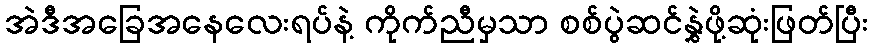
အဲဒီအခြေအနေလေးရပ်နဲ့ ကိုက်ညီမှသာ စစ်ပွဲဆင်နွှဲဖို့ဆုံးဖြတ်ပြီး